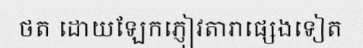
ថត ដោយឡែកភ្ញៀវតារាផ្សេងទៀត